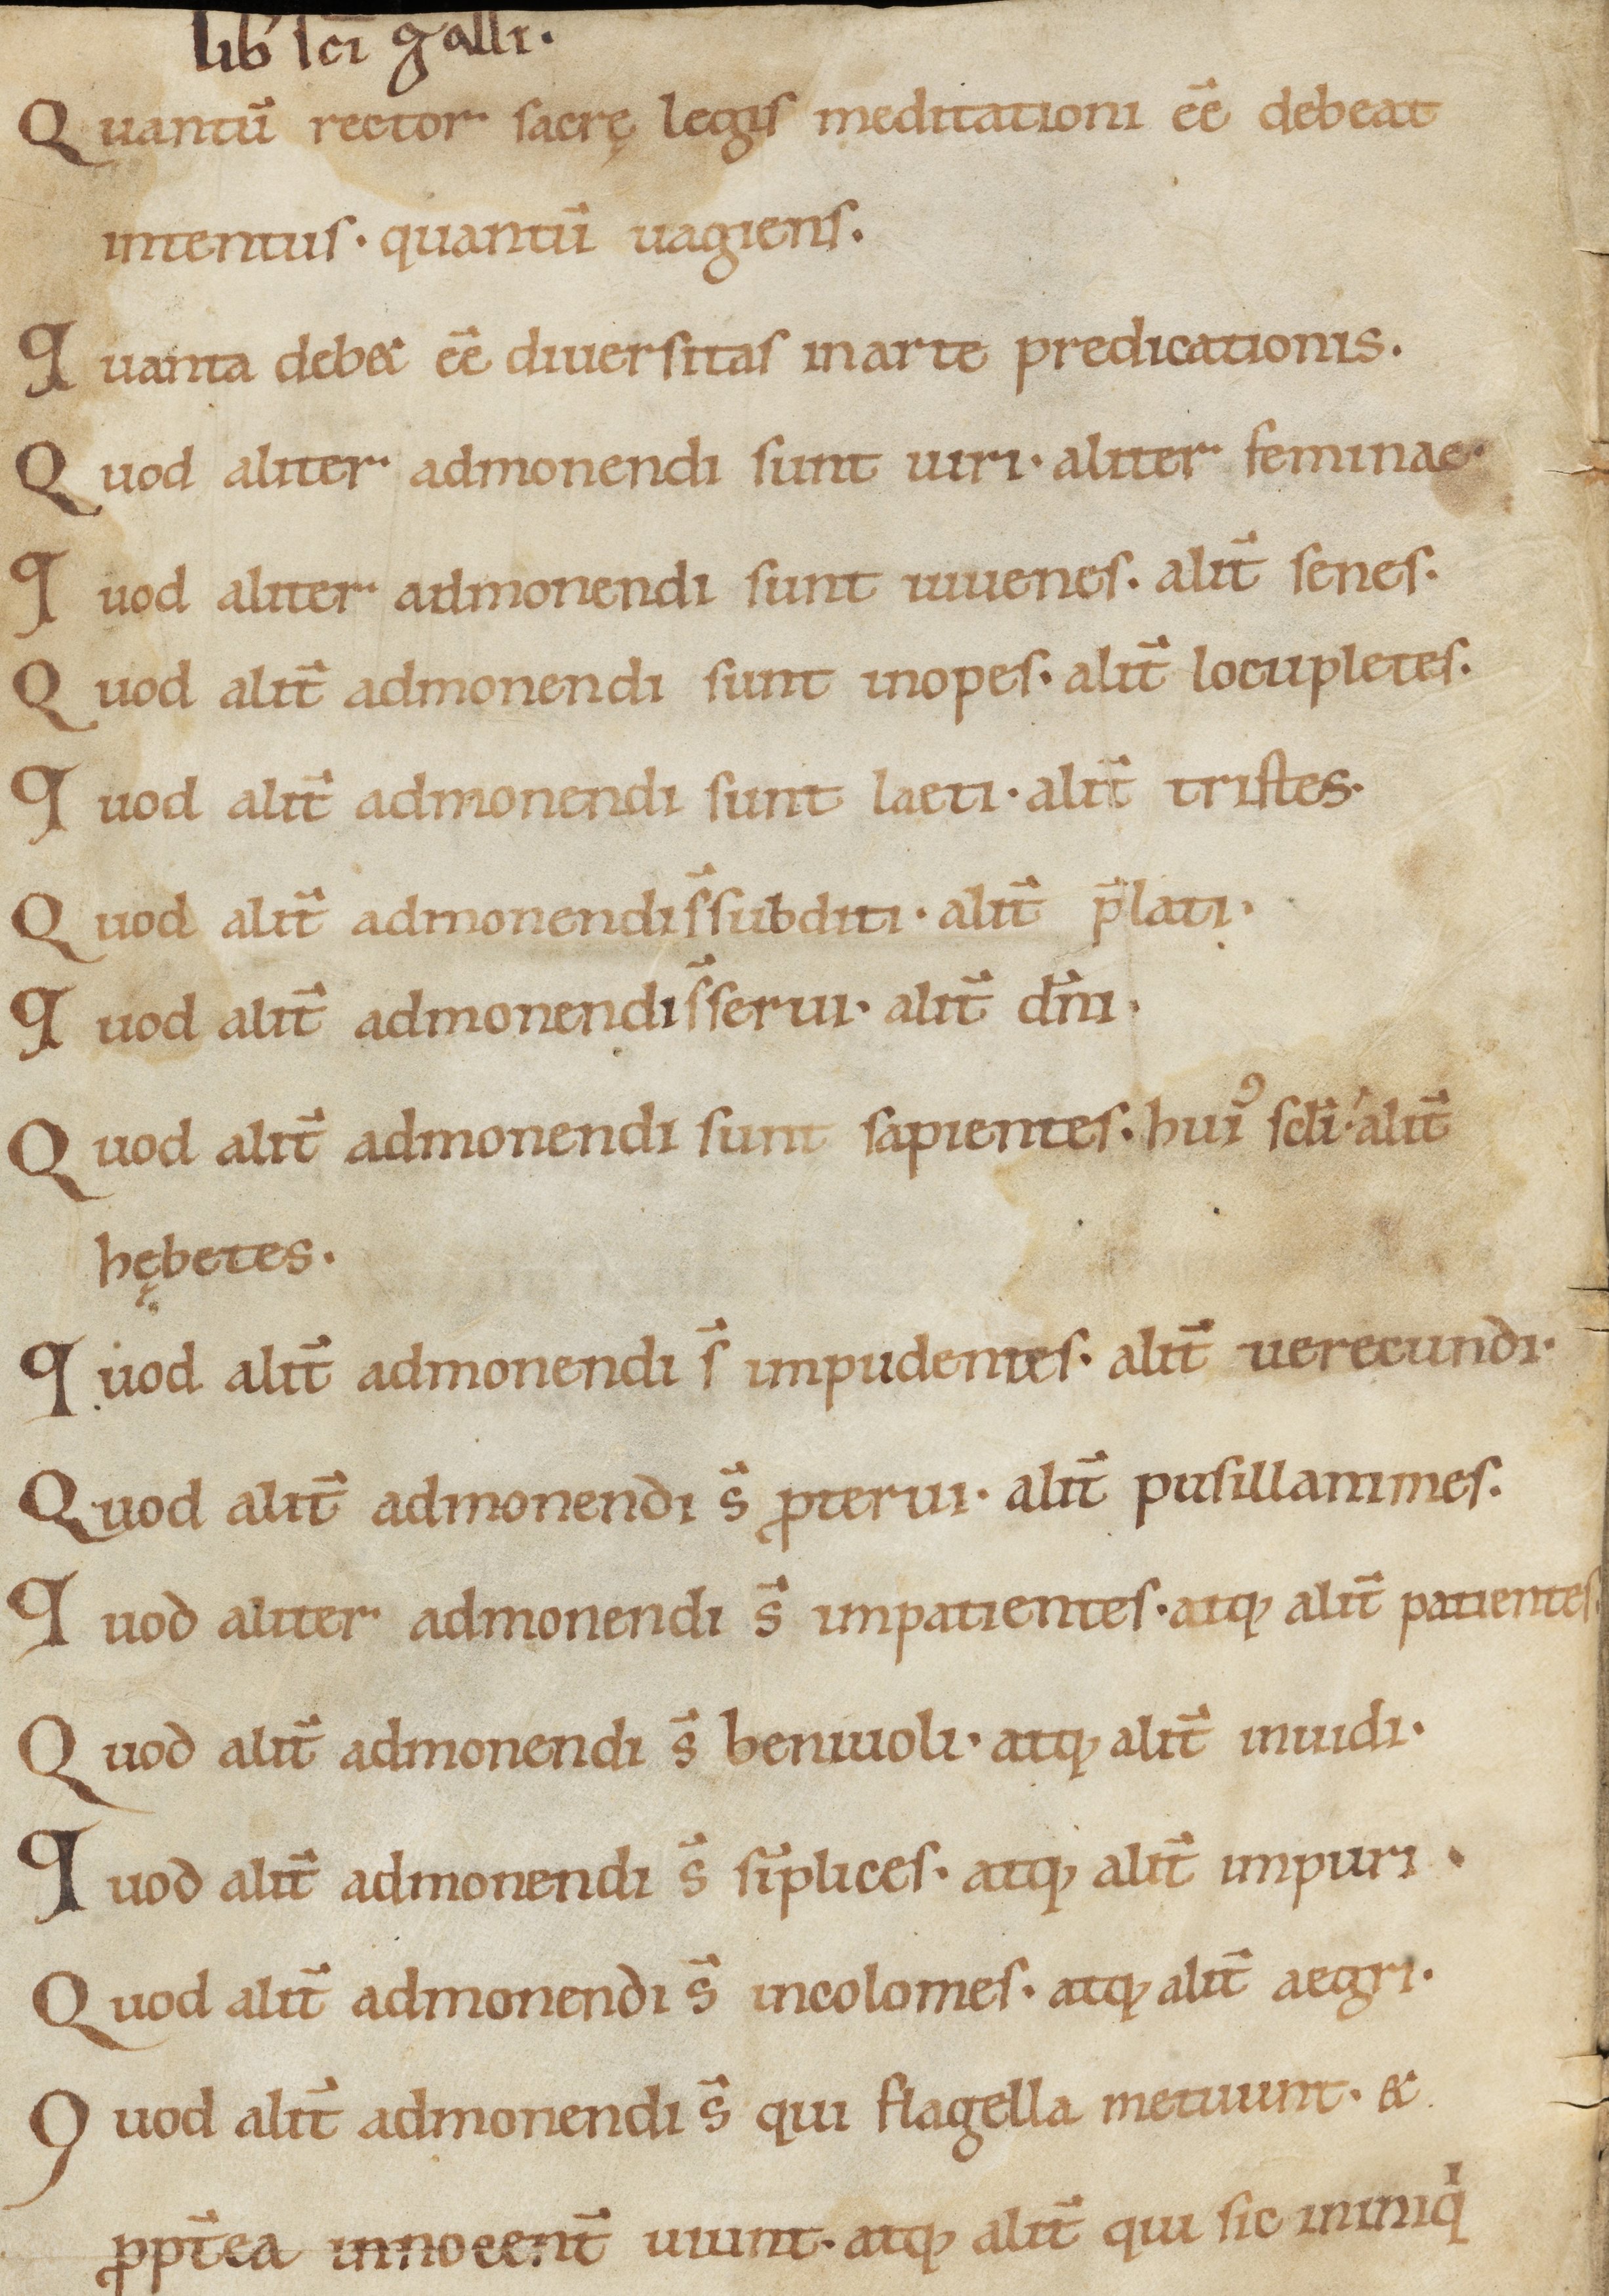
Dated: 900–999